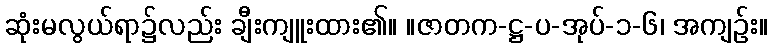
ဆုံးမလွယ်ရာ၌လည်း ချီးကျူးထား၏။ ။ဇာတက-ဋ္ဌ-ပ-အုပ်-၁-၆၊ အကျဉ်း။